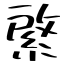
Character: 綮